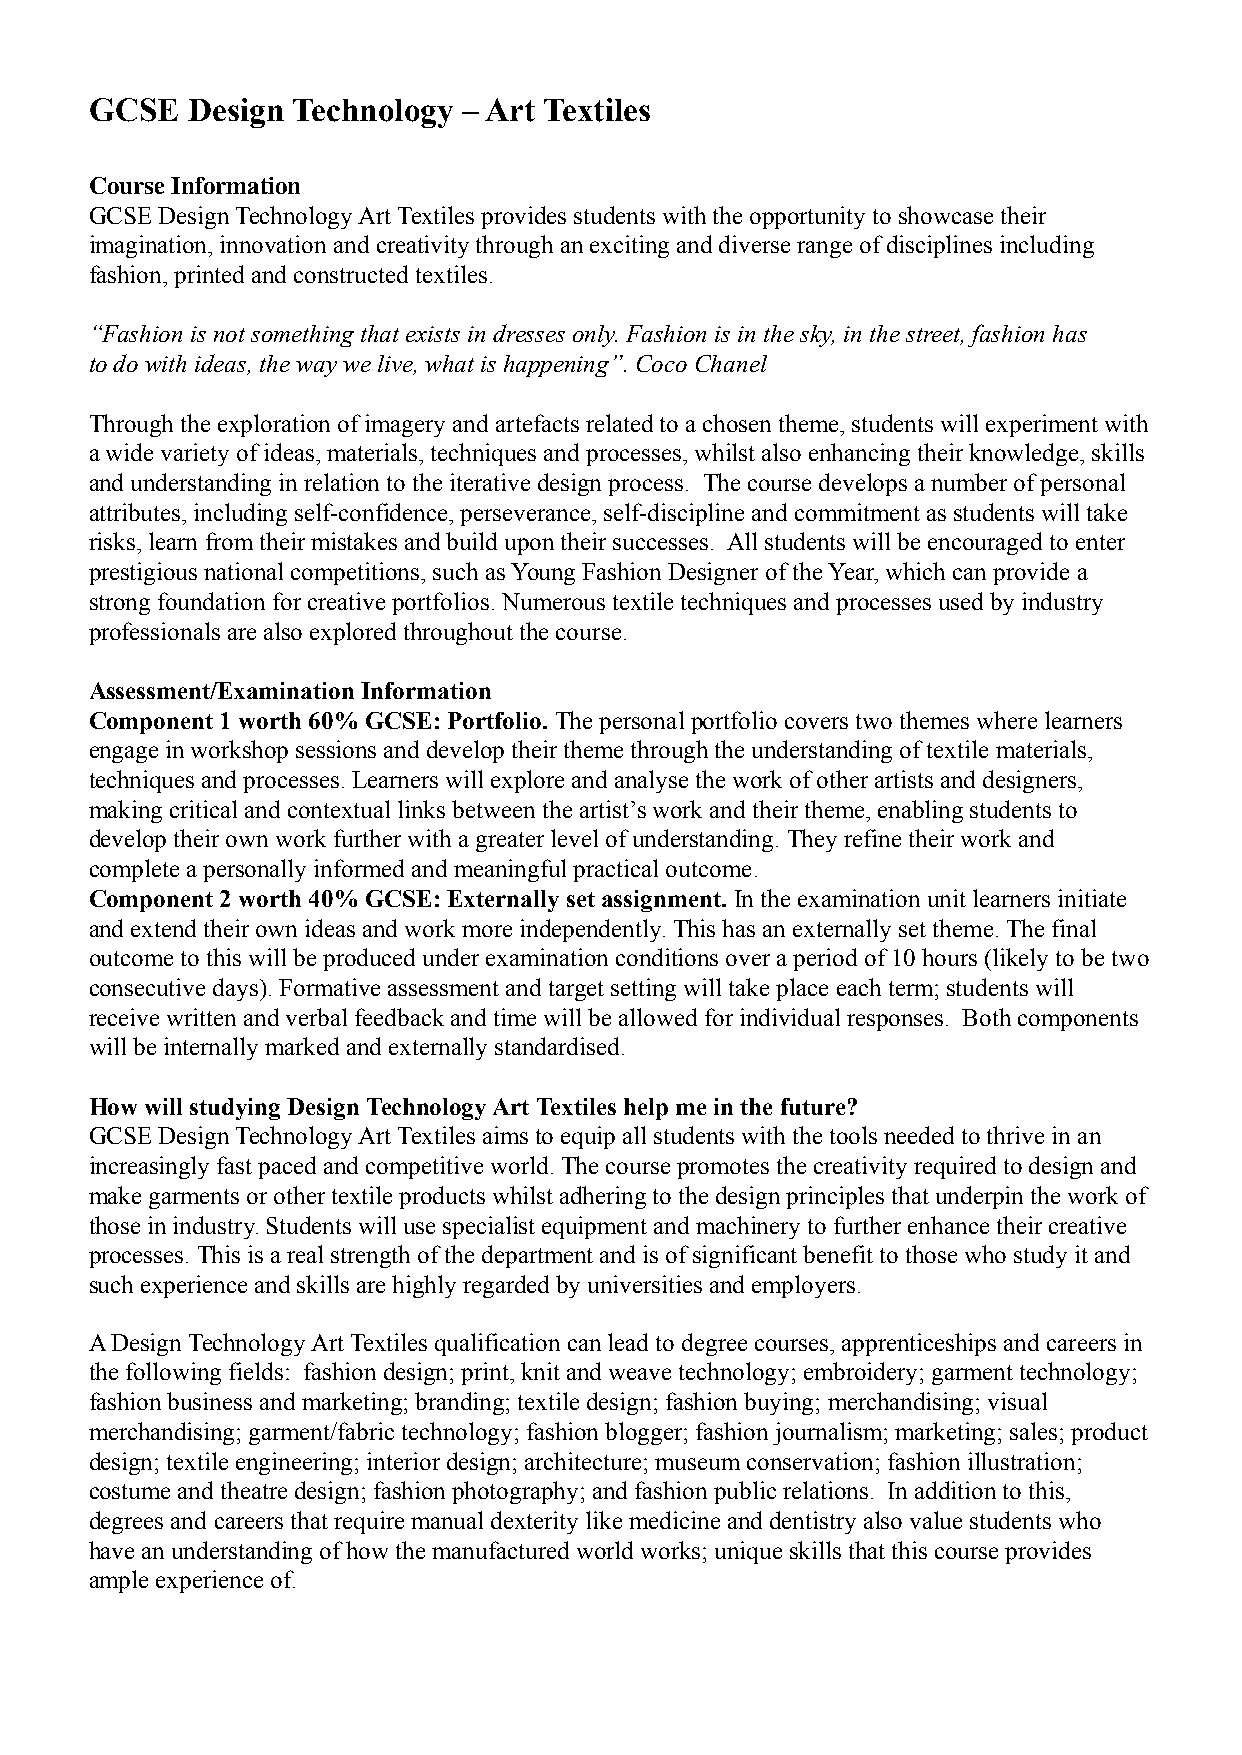
GCSE  Design Technology  – Art Textiles
 Course Information
 GCSE Design Technology Art Textiles provides students with the opportunity to showcase their
 imagination, innovation and creativity through an exciting and diverse range of disciplines including
 fashion, printed and constructed textiles.
 “Fashion is not something that exists in dresses only. Fashion is in the sky, in the street, fashion has
 to do with ideas, the way we live, what is happening”. Coco Chanel
 Through the exploration of imagery and artefacts related to a chosen theme, students will experiment with
 a wide variety of ideas, materials, techniques and processes, whilst also enhancing their knowledge, skills
 and understanding in relation to the iterative design process. The course develops a number of personal
 attributes, including self-confidence, perseverance, self-discipline and commitment as students will take
 risks, learn from their mistakes and build upon their successes. All students will be encouraged to enter
 prestigious national competitions, such as Young Fashion Designer of the Year, which can provide a
 strong foundation for creative portfolios. Numerous textile techniques and processes used by industry
 professionals are also explored throughout the course.
 Assessment/Examination Information
 Component 1 worth 60% GCSE: Portfolio. The personalportfolio covers two themes where learners
 engage in workshop sessions and develop their theme through the understanding of textile materials,
 techniques and processes. Learners will explore and analyse the work of other artists and designers,
 making critical and contextual links between the artist’s work and their theme, enabling students to
 develop their own work further with a greater level of understanding. They refine their work and
 complete a personally informed and meaningful practical outcome.
 Component 2 worth 40% GCSE: Externally set assignment. In the examination unit learners initiate
 and extend their own ideas and work more independently. This has an externally set theme. The final
 outcome to this will be produced under examination conditions over a period of 10 hours (likely to be two
 consecutive days). Formative assessment and target setting will take place each term; students will
 receive written and verbal feedback and time will be allowed for individual responses. Both components
 will be internally marked and externally standardised.
 How will studying Design Technology Art Textiles help me in the future?
 GCSE Design Technology Art Textiles aims to equip all students with the tools needed to thrive in an
 increasingly fast paced and competitive world. The course promotes the creativity required to design and
 make garments or other textile products whilst adhering to the design principles that underpin the work of
 those in industry. Students will use specialist equipment and machinery to further enhance their creative
 processes. This is a real strength of the department and is of significant benefit to those who study it and
 such experience and skills are highly regarded by universities and employers.
 A Design Technology Art Textiles qualification can lead to degree courses, apprenticeships and careers in
 the following fields: fashion design; print, knit and weave technology; embroidery; garment technology;
 fashion business and marketing; branding; textile design; fashion buying; merchandising; visual
 merchandising; garment/fabric technology; fashion blogger; fashion journalism; marketing; sales; product
 design; textile engineering; interior design; architecture; museum conservation; fashion illustration;
 costume and theatre design; fashion photography; and fashion public relations. In addition to this,
 degrees and careers that require manual dexterity like medicine and dentistry also value students who
 have an understanding of how the manufactured world works; unique skills that this course provides
 ample experience of.